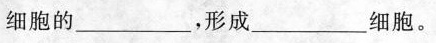
细胞的___，形成___细胞。